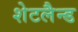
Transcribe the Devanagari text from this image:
शेटलैन्ड